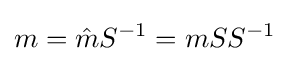
m={\hat {m}}S^{-1}=mSS^{-1}